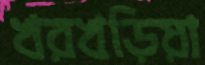
খরখড়িয়া